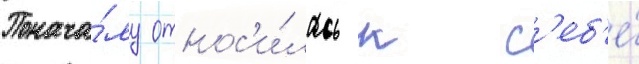
Понача́лу относ'и́лась к с'еб'е́